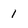
Character: 1